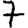
Digit: 7